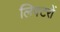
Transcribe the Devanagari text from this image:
लिफ्टरों